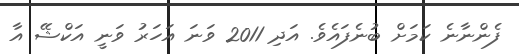
ފެންނާނެ ކަމަށް ބުނެފައެވެ. އަދި 2011 ވަނަ އަހަރު ވަނީ އަކްޝޭ އާ